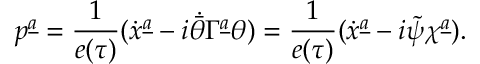
p ^ { \underline { { a } } } = { \frac { 1 } { e ( \tau ) } } ( \dot { x } ^ { \underline { { a } } } - i \dot { \bar { \theta } } \Gamma ^ { \underline { { a } } } \theta ) = { \frac { 1 } { e ( \tau ) } } ( \dot { x } ^ { \underline { { a } } } - i \tilde { \psi } \chi ^ { \underline { { a } } } ) .